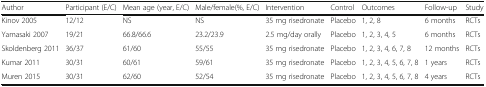
| Author | Participant (E/C) | Mean age (year, E/C) | Male/female(%, E/C) | Intervention | Control | Outcomes | Follow-up | Study |
 | --- | --- | --- | --- | --- | --- | --- | --- | --- |
 | Kinov 2005 | 12/12 | NS | NS | 35 mg risedronate | Placebo | 1, 2, 8 | 6 months | RCTs |
 | Yamasaki 2007 | 19/21 | 66.8/66.6 | 23.2/23.9 | 2.5 mg/day orally | Placebo | 1, 2, 3, 4, 5 | 6 months | RCTs |
 | Skoldenberg 2011 | 36/37 | 61/60 | 55/55 | 35 mg risedronate | Placebo | 1, 2, 3, 4, 6, 7, 8 | 12 months | RCTs |
 | Kumar 2011 | 30/31 | 60/61 | 59/61 | 35 mg risedronate | Placebo | 1, 2, 3, 4, 5, 6, 7, 8 | 1 years | RCTs |
 | Muren 2015 | 30/31 | 62/60 | 52/54 | 35 mg risedronate | Placebo | 1, 2, 3, 4, 5, 6, 7, 8 | 4 years | RCTs |